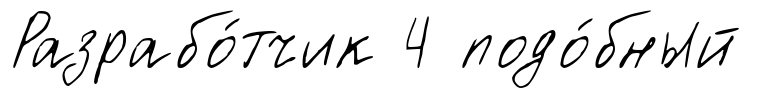
Разрабо́тчик 4 подо́бный